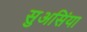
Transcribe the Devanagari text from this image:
सुअसिंया